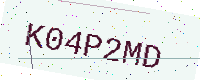
Text: K04P2MD